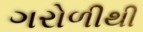
ગરોળીથી